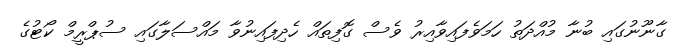
ގާނޫނުގައި ބުނާ މުއްދަތު ހަމަވެފައިވާއިރު ވެސް ގޮފިތައް ހެދިފައިނުވާ މައްސަލާގައި ސުޕްރީމް ކޯޓުގެ